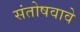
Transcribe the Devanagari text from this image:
संतोषवावे